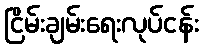
ငြိမ်းချမ်းရေးလုပ်ငန်း